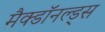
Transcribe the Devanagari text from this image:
मैक्डॉनल्ड्स